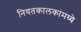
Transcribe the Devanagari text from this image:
नियतकालकांमध्ये